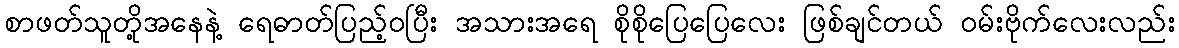
စာဖတ်သူတို့အနေနဲ့ ရေဓာတ်ပြည့်ဝပြီး အသားအရေ စိုစိုပြေပြေလေး ဖြစ်ချင်တယ် ဝမ်းဗိုက်လေးလည်း